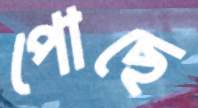
পোছে